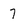
Character: 7